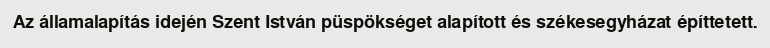
Az államalapítás idején Szent István püspökséget alapított és székesegyházat építtetett.